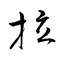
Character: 拉